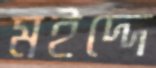
মইদ্দে